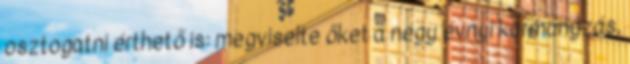
osztogatni érthető is: megviselte őket a négy évnyi kormányzás,